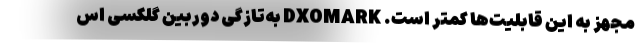
مجهز به این قابلیت‌‌ها کمتر است. DXOMARK به‌تازگی دوربین گلکسی اس